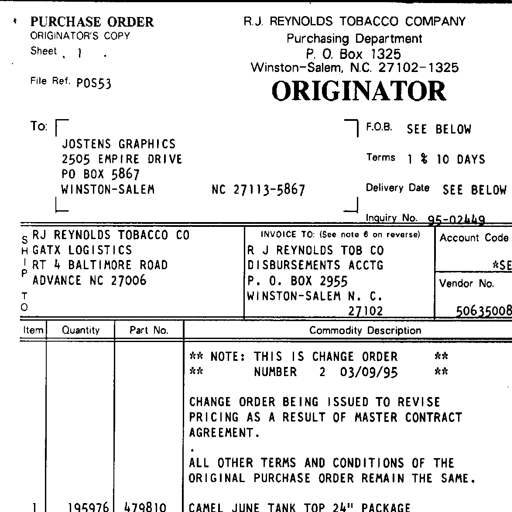
PURCHASE ORDER
ORIGINATOR'S COPY
Sheet 1 .
File Ref. POS53
R.J. REYNOLDS TOBACCO COMPANY
Purchasing Department
P. O. Box 1325
Winston-Salem, N.C. 27102-1325
ORIGINATOR
To:
JOSTENS GRAPHICS
2505 EMPIRE DRIVE
PO BOX 5867
WINSTON-SALEM NC 27113-5867
F.O.B. SEE BELOW
Terms 1 % 10 DAYS
Delivery Date SEE BELOW
Inquiry No. 95-02449
SHIP TO
RJ REYNOLDS TOBACCO CO
GATX LOGISTICS
RT 4 BALTIMORE ROAD
ADVANCE NC 27006
INVOICE TO: (See note 6 on reverse)
R J REYNOLDS TOB CO
DISBURSEMENTS ACCTG
P. O. BOX 2955
WINSTON-SALEM N. C. 27102
Account Code
*SE
Vendor No.
50635008
Item
Quantity
Part No.
Commodity Description
** NOTE: THIS IS CHANGE ORDER **
** NUMBER 2 03/09/95 **
CHANGE ORDER BEING ISSUED TO REVISE
PRICING AS A RESULT OF MASTER CONTRACT
AGREEMENT.
ALL OTHER TERMS AND CONDITIONS OF THE
ORIGINAL PURCHASE ORDER REMAIN THE SAME.
1
195976
479810
CAMEL JUNE TANK TOP 24" PACKAGE